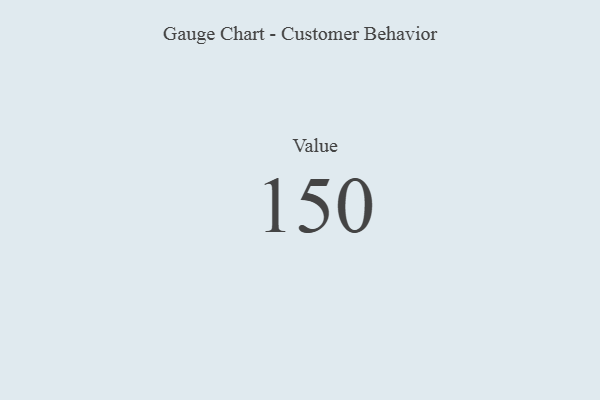
{"axis": {"x": "Metric", "y": "Value"}, "legend": [""], "data": [{"x": "Value", "y": 150, "type": ""}]}